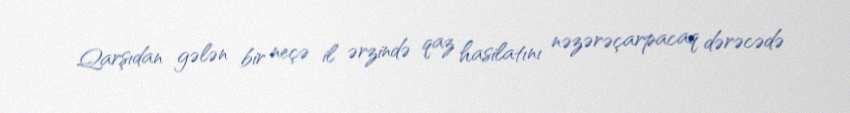
Qarşıdan gələn bir neçə il ərzində qaz hasilatını nəzərəçarpacaq dərəcədə